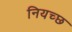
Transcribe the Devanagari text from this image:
नियच्छ